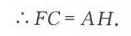
$\therefore FC = AH.$